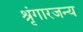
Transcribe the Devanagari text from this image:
श्रृंगारजन्य